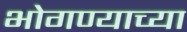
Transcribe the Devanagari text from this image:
भोगण्याच्या